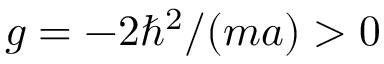
g = - 2 \hbar ^ { 2 } / ( m a ) > 0